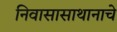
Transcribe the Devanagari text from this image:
निवासासाथानाचे